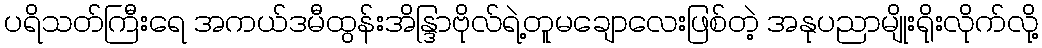
ပရိသတ်ကြီးရေ အကယ်ဒမီထွန်းအိန္ဒြာဗိုလ်ရဲ့တူမချောလေးဖြစ်တဲ့ အနုပညာမျိုးရိုးလိုက်လို့